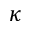
\kappa